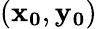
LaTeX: (\mathbf{x_{0}},\mathbf{y_{0}})